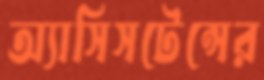
অ্যাসিসটেন্সের